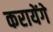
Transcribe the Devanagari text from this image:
करायेंगे